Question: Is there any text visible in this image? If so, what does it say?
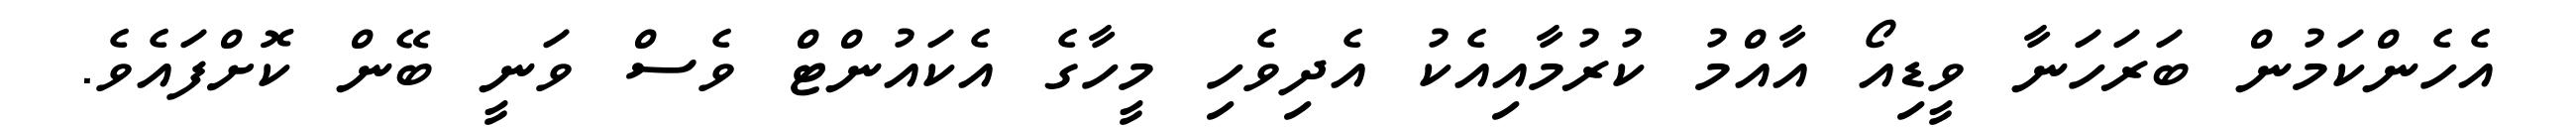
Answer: އެހެންކަމުން ބަރަހަނާ ވީޑިއޯ އާއްމު ކުރުމާއިއެކު އެދިވެހި މީހާގެ އެކައުންޓް ވެސް ވަނީ ބޭން ކޮށްފައެވެ.